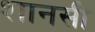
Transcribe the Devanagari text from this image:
शानसी